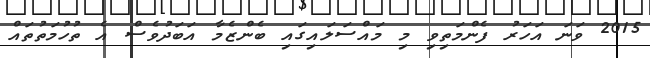
2015 ވަނަ އަހަރު ފެންމަތިވި މި މައްސަލައިގައި ބެންޒެމާ އަބަދުވެސް އެ ތުހުމަތުތައް